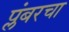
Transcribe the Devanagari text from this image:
प्लंबरचा